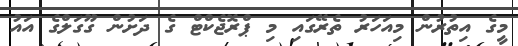
މީގެ އިތުރުން މިއަހަރު ތެރޭގައި މި ޕްރޮޖެކްޓް ގެ ދަށުން ގޫގަލްގެ އައު